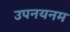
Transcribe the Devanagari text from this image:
उपनयनम